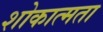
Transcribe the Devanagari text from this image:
शोकात्मता